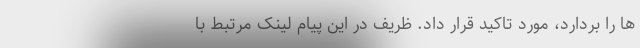
ها را بردارد، مورد تاکید قرار داد. ظریف در این پیام لینک مرتبط با